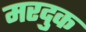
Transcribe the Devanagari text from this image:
मरदुक